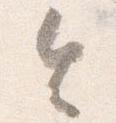
令